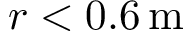
r < 0 . 6 \ensuremath { \, \mathrm { m } }